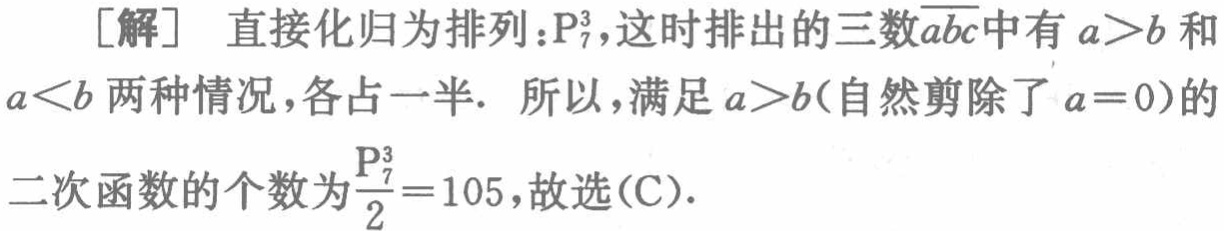
[解] 直接化归为排列：\(P_{7}^{3}\)，这时排出的三数\(\overline{abc}\)中有\(a > b\)和\(a < b\)两种情况，各占一半. 所以，满足\(a > b\)（自然剪除了\(a = 0\)）的二次函数的个数为\(\frac{P_{7}^{3}}{2}=105\)，故选(C).